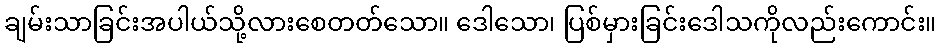
ချမ်းသာခြင်းအပါယ်သို့လားစေတတ်သော။ ဒေါသော၊ ပြစ်မှားခြင်းဒေါသကိုလည်းကောင်း။